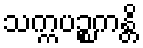
သက္ကပဉ္စကန္တိ